Annual administration report of the Civil Veterinary Department of India - 1897-1898
Year: 1897
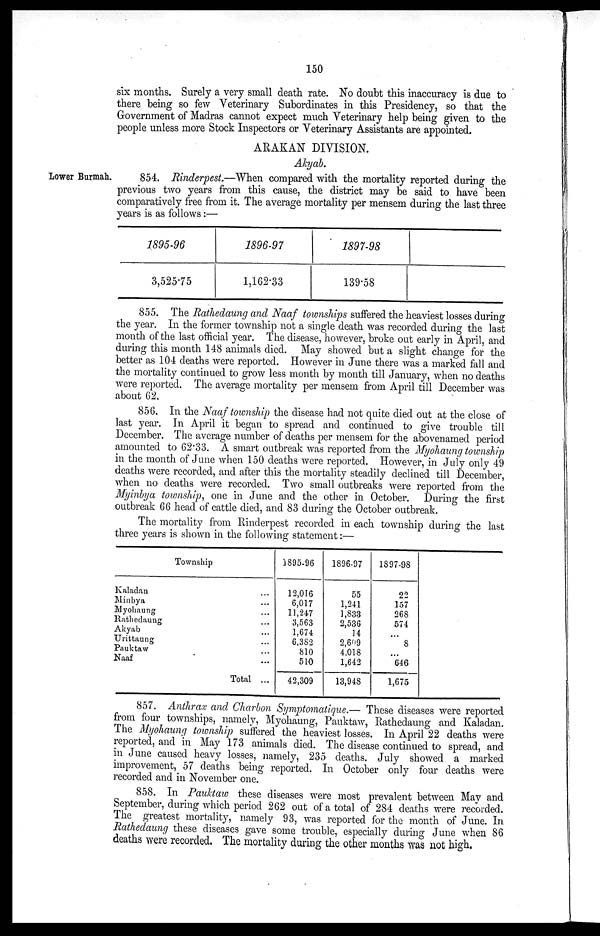
150
six months. Surely a very small death rate. No doubt this inaccuracy is due to
there being so few Veterinary Subordinates in this Presidency, so that the
Government of Madras cannot expect much Veterinary help being given to the
people unless more Stock Inspectors or Veterinary Assistants are appointed.
ARAKAN DIVISION.
Akyab.
Lower Burmah.
854. Rinderpest.—When compared with the mortality reported during the
previous two years from this cause, the district may be said to have been
comparatively free from it. The average mortality per mensem during the last three
years is as follows:—
1895-96
3,525.75
1896-97
1,162.33
1897-98
139.58
855. The Rathedaung and Naaf townships suffered the heaviest losses during
the year. In the former township not a single death was recorded during the last
month of the last official year. The disease, however, broke out early in April, and
during this month 148 animals died. May showed but a slight change for the
better as 104 deaths were reported. However in June there was a marked fall and
the mortality continued to grow less month by month till January, when no deaths
were reported. The average mortality per mensem from April till December was
about 62.
856. In the Naaf township the disease had not quite died out at the close of
last year. In April it began to spread and continued to give trouble till
December. The average number of deaths per mensem for the abovenamed period
amounted to 62.33. A smart outbreak was reported from the Myohaung township
in the month of June when 150 deaths were reported. However, in July only 49
deaths were recorded, and after this the mortality steadily declined till December,
when no deaths were recorded. Two small outbreaks were reported from the
Myinbya township, one in June and the other in October. During the first
outbreak 66 head of cattle died, and 83 during the October outbreak.
The mortality from Rinderpest recorded in each township during the last
three years is shown in the following statement:—
Township
Kaladan
Minbya
Myohaung
Rathedaung
Akyab
Urittaung
Pauktaw
Naaf
Total
...
...
...
...
...
...
...
...
...
1895-96
12,016
6,017
11,247
3,563
1,674
6,382
810
510
42,309
1896-97
55
1,241
1,833
2,536
14
2,609
4.018
1,642
13,948
1897-98
22
157
268
574
...
8
...
646
1,675
857. Anthrax and Charbon Symptomatique.— These diseases were reported
from four townships, namely, Myohaung, Pauktaw, Rathedaung and Kaladan.
The Myohaung township suffered the heaviest losses. In April 22 deaths were
reported, and in May 173 animals died. The disease continued to spread, and
in June caused heavy losses, namely, 235 deaths. July showed a marked
improvement, 57 deaths being reported. In October only four deaths were
recorded and in November one.
858. In Pauktaw these diseases were most prevalent between May and
September, during which period 262 out of a total of 284 deaths were recorded.
The greatest mortality, namely 93, was reported for the month of June. In
Rathedaung these diseases gave some trouble, especially during June when 86
deaths were recorded. The mortality during the other months was not high.